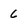
Character: 6